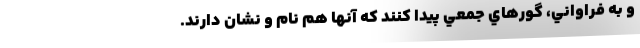
و به فراواني، گورهاي جمعي پيدا كنند كه آنها هم نام و نشان دارند.